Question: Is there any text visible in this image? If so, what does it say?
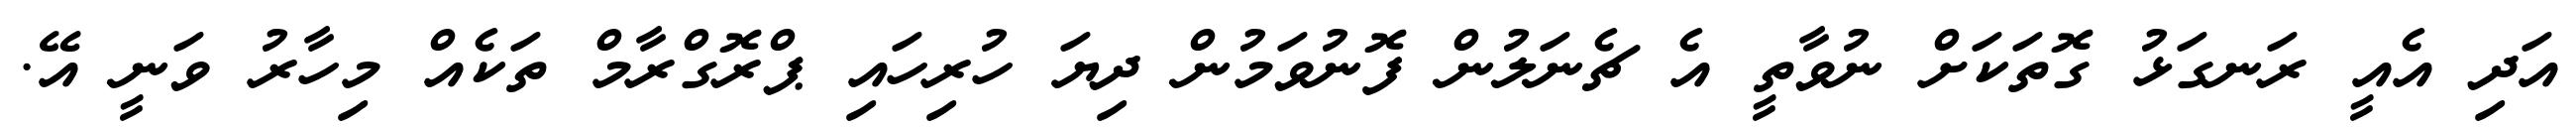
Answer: އަދި އެއީ ރަނގަޅު ގޮތަކަށް ނުވާތީ އެ ޗެނަލުން ފޮނުވަމުން ދިޔަ ހުރިހައި ޕްރޮގްރާމް ތަކެއް މިހާރު ވަނީ އޭ.